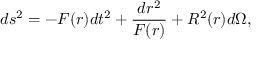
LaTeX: d s ^ { 2 } = - F ( r ) d t ^ { 2 } + { \frac { d r ^ { 2 } } { F ( r ) } } + R ^ { 2 } ( r ) d \Omega ,